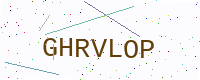
Text: GHRVLOP